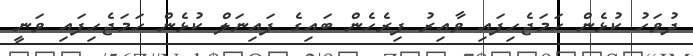
ދުވަހު ކުޅެން ހަމަޖެހިފައި ވާއިރު ފިރެހެން ބައިގެ ފައިނަލް ކުޅެން ހަމަޖެހިފައި ވަނީ